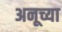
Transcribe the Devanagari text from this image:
अनूच्या